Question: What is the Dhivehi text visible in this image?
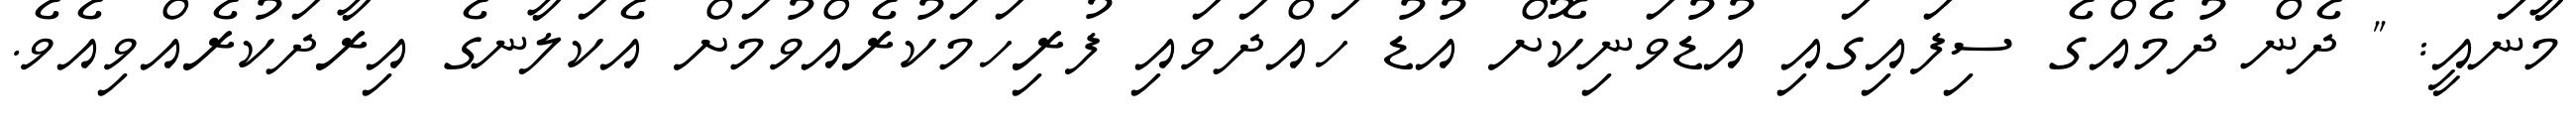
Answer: މާނައީ: " ދެން ދުމެއްގެ ސިފައިގައި އުޑުވަނިކޮށް އުޑު ހައްދަވައި ފުރިހަމަކުރެއްވުމަށް އެކަލާނގެ އިރާދަކުރެއްވިއެވެ.